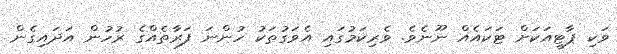
ވަކި ޕާޓީއަކަށް ޓަކައެއް ނޫނެވެ. ވެރިކަމުގައި އެވަގުތަކު ހުންނަ ފަރާތެއްގެ ރުހުން އަދައިގެން